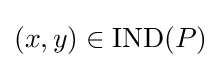
(x,y)\in \mathrm {IND} (P)